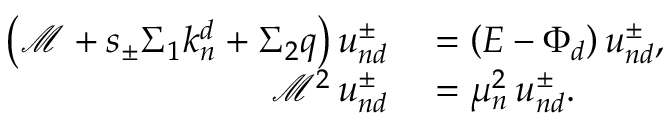
\begin{array} { r l } { \left( \mathcal { M } + s _ { \pm } \Sigma _ { 1 } k _ { n } ^ { d } + \Sigma _ { 2 } q \right) u _ { n d } ^ { \pm } } & { { } = \left( E - \Phi _ { d } \right) u _ { n d } ^ { \pm } , } \\ { \mathcal { M } ^ { 2 } \, u _ { n d } ^ { \pm } } & { { } = \mu _ { n } ^ { 2 } \, u _ { n d } ^ { \pm } . } \end{array}